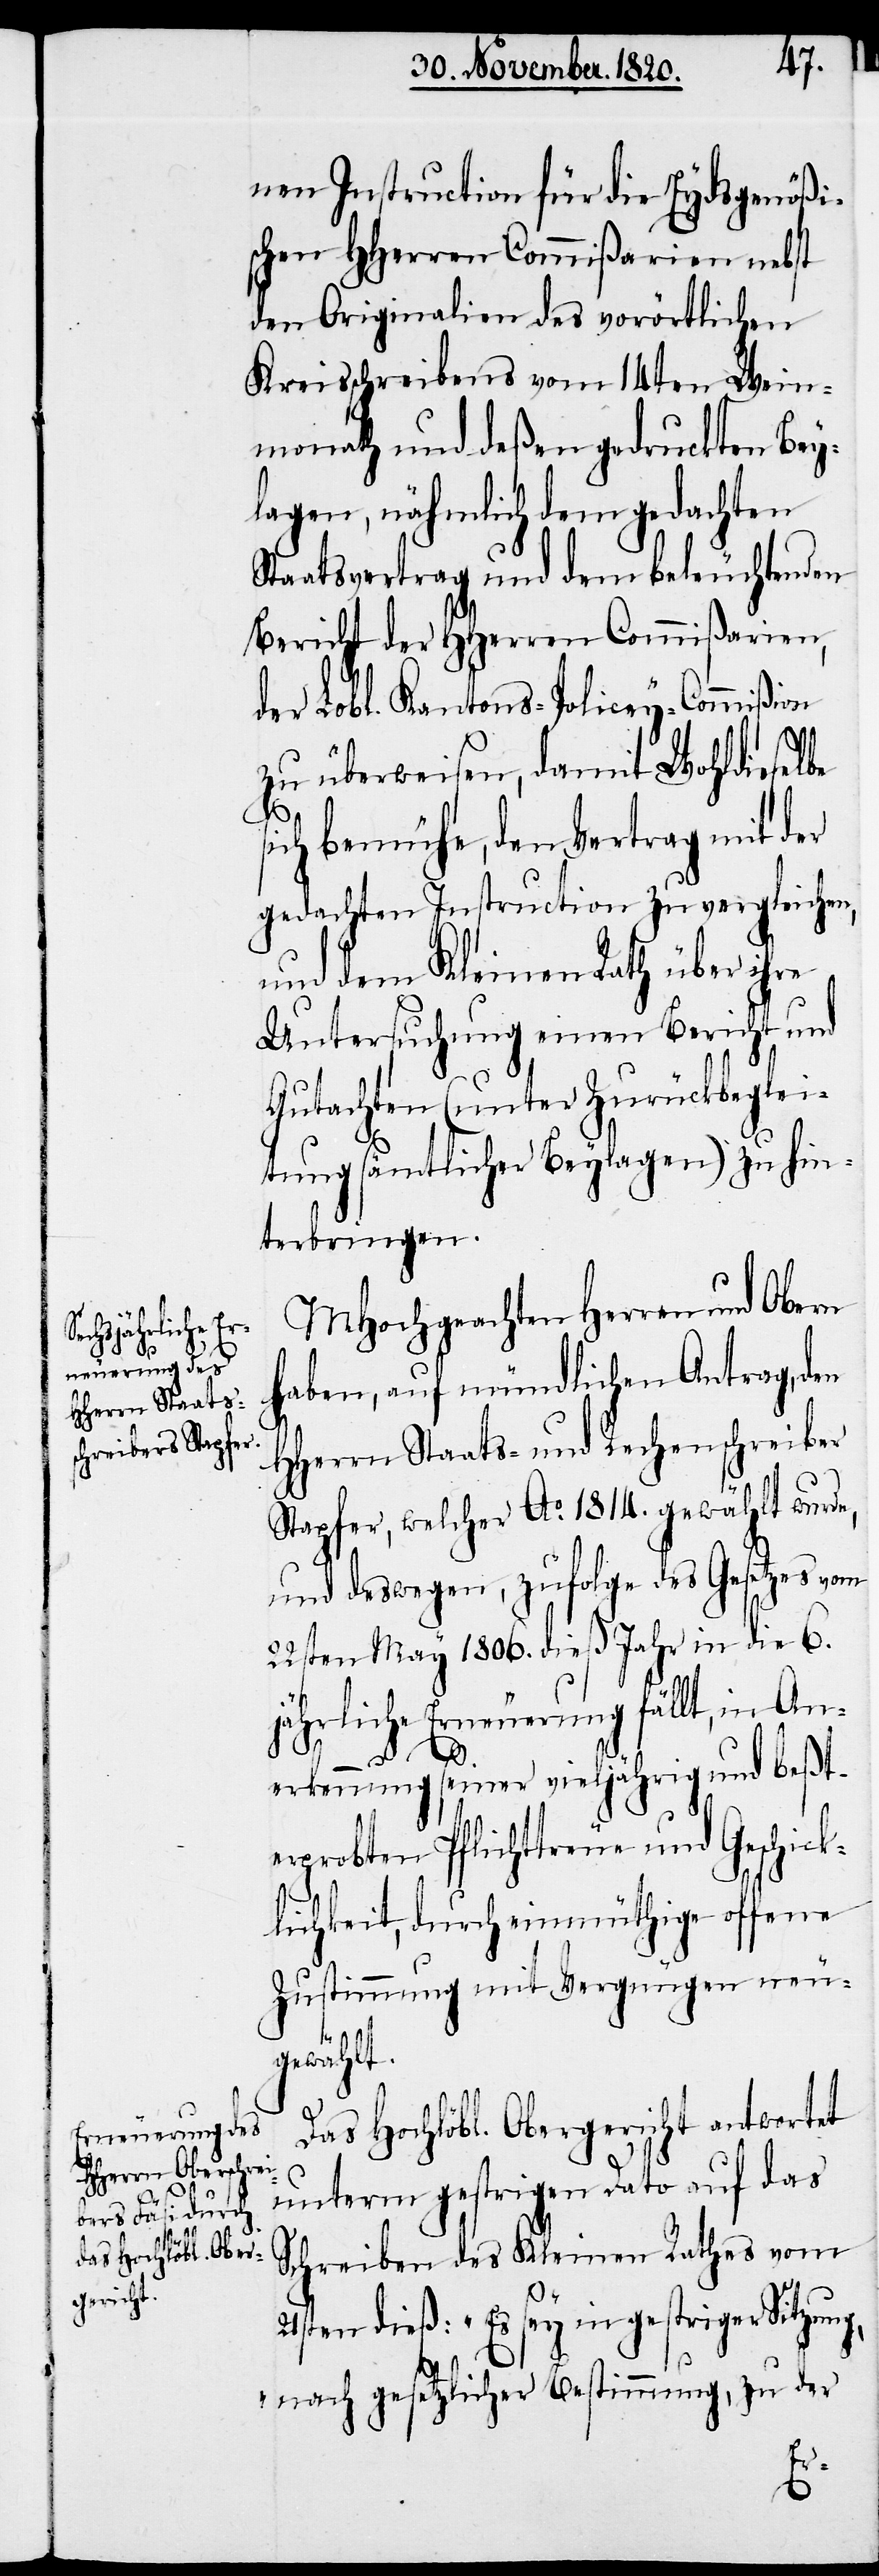
nen Instruction für die Eydsgenößi¬
schen HHerren Commißarien nebst
den Originalien des vorörtlichen
Kreisschreibens vom 14ten Wein¬
monath und deßen gedruckten Bey¬
lagen, nähmlich dem gedachten
Staatsvertrag und dem beleuchtenden
Bericht der HHerren Commißarien,
der Lobl. Kantons-Policey-Commißion
zu überweisen, damit Wohldieselbe
ich bemühe, den Vertrag mit der
gedachten Instruction zu vergleichen,
und dem Kleinen Rath über ihre
Untersuchung einen Bericht und
Gutachten (unter Zurückbeglei¬
tung sämtlicher Beylagen) zu hin¬
terbringen.
MHochgeachten Herren und Obern
haben, auf mündlichen Antrag, den
HHerrn Staats- und Rechenschreiber
Stapfer, welcher Ao. 1814. gewählt wurde,
und deswegen, zufolge des Gesetzes vom
22sten May 1806. dieß Jahr in die 6.
jährliche Erneuerung fällt, in An¬
erkennung seiner vieljährig und beßt¬
erprobten Pflichttreue und Geschick¬
lichkeit, durch einmüthige offene
Zustimmung mit Vergnügen neu¬
gewählt.
Das Hochlöbl. Obergericht antwortet
unterm gestrigen Dato auf das
Schreiben des Kleinen Rathes vom
21sten dieß: „Es sey in gestriger Sitzung,
nach gesetzlicher Bestimmung, zu der
s¬